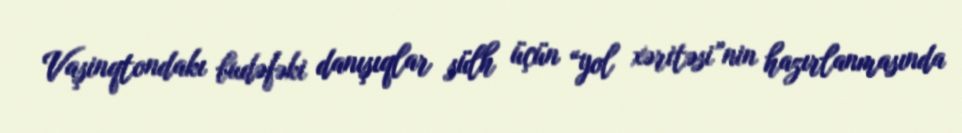
Vaşinqtondakı budəfəki danışıqlar sülh üçün “yol xəritəsi”nin hazırlanmasında